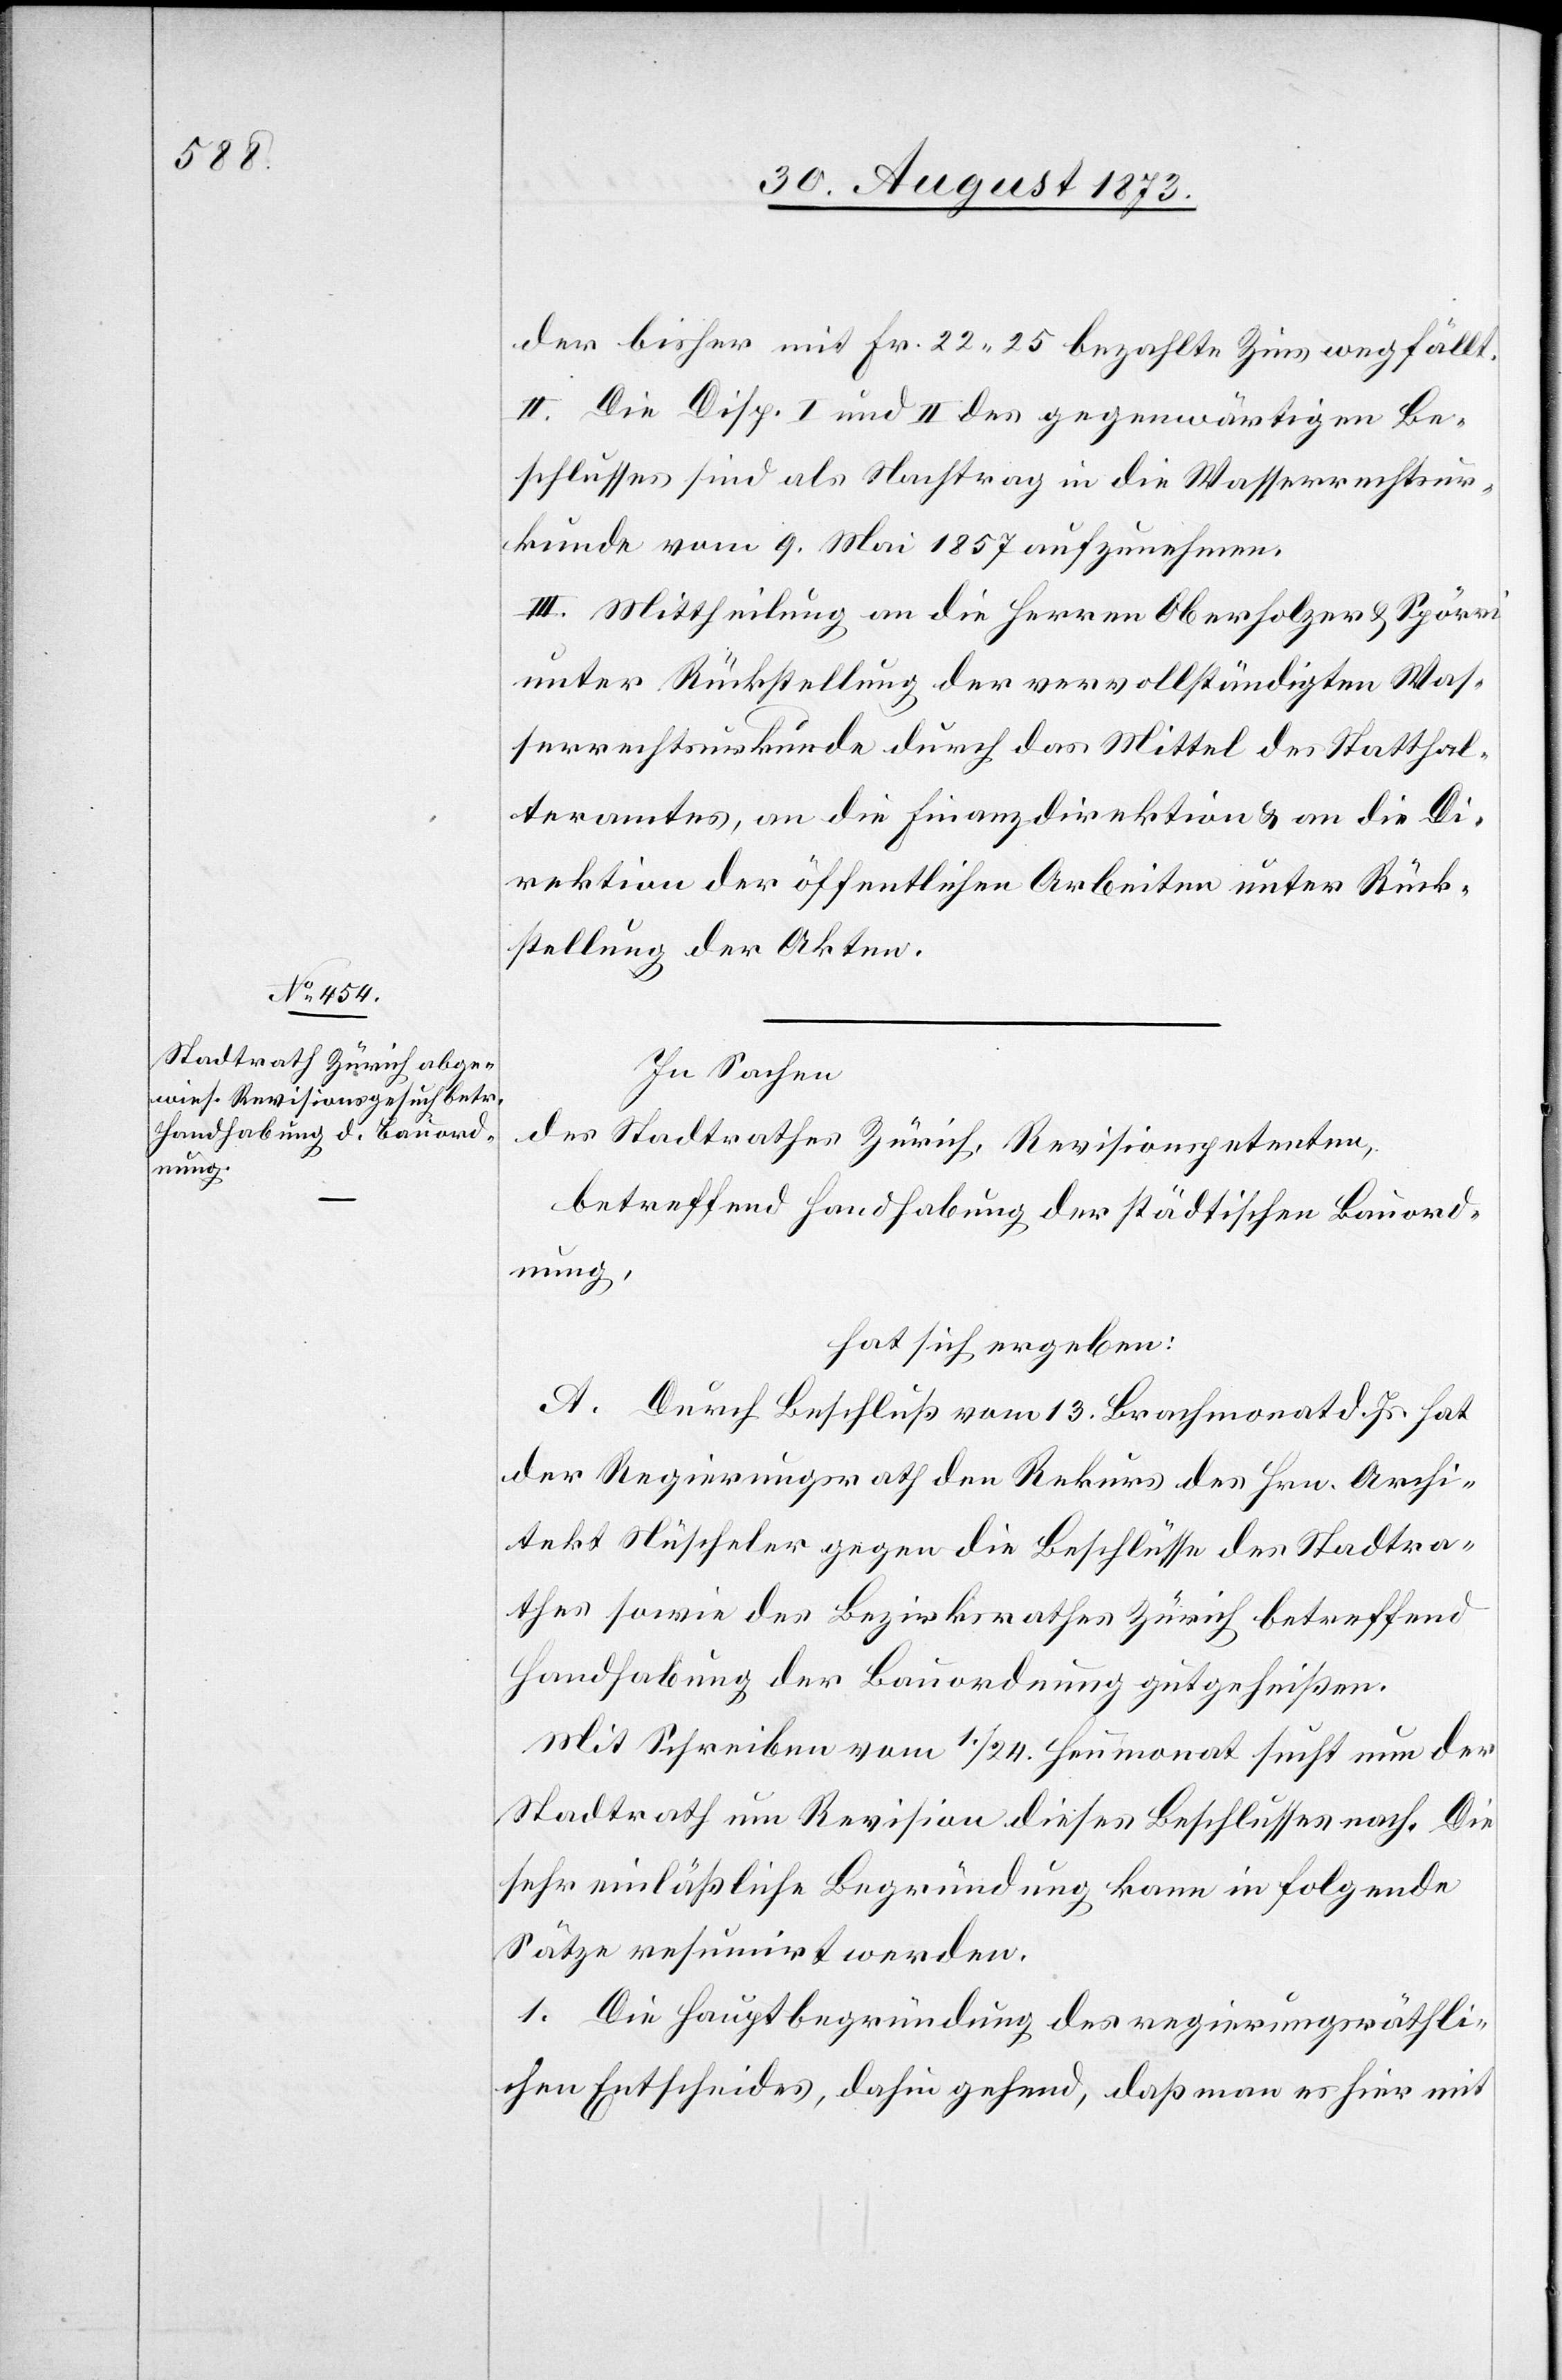
der bisher mit Fr. 22 25 bezahlte Zins wegfällt.
II. Die Disp. I und II [sic!] des gegenwärtigen Be¬
schlusses sind als Nachtrag in die Wasserrechtsur¬
kunde vom 9. Mai 1857 aufzunehmen.
III. Mittheilung an die Herren Oberholzer & Spörri
unter Rückstellung der vervollständigten Was¬
serrechtskurkunde durch das Mittel des Statthal¬
teramtes, an die Finanzdirektion & an die Di¬
rektion der öffentlichen Arbeiten unter Rück¬
stellung der Akten.
In Sachen
des Stadtrathes Zürich, Revisionspetenten,
betreffend Handhabung der städtischen Bauord¬
nung,
hat sich ergeben:
A. Durch Beschluß vom 13. Brachmonat d. Js. hat
der Regierungsrath den Rekurs des Hrn. Archi¬
tekt Nüscheler gegen die Beschlüsse des Stadtra¬
thes sowie des Bezirksrathes Zürich betreffend
Handhabung der Bauordnung gutgeheißen.
Mit Schreiben vom 1./24. Heumonat sucht nun der
Stadtrath um Revision dieses Beschlusses nach. Die
sehr einläßliche Begründung kann in folgende
Sätze resumirt werden.
1. Die Hauptbegründung des regierungsräthli¬
chen Entscheides, dahin gehend, daß man es hier mit